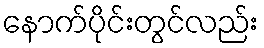
နောက်ပိုင်းတွင်လည်း